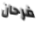
فرحان